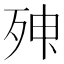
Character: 𣨃